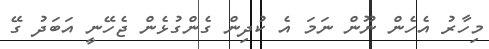
މިހާރު އެހެން ނޫން ނަމަ އެ ކުދިން ގެންގުޅެން ޖެހޭނީ އަބަދު ގޭ